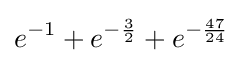
e^{-1}+e^{-{\frac {3}{2}}}+e^{-{\frac {47}{24}}}